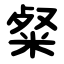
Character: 粲